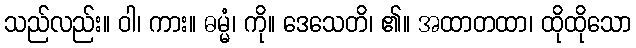
သည်လည်း။ ဝါ၊ ကား။ ဓမ္မံ၊ ကို။ ဒေသေတိ၊ ၏။ အထာတထာ၊ ထိုထိုသော